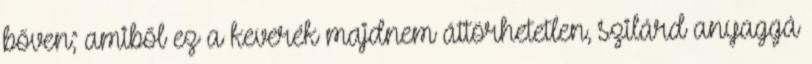
bőven; amiből ez a keverék majdnem áttörhetetlen, szilárd anyaggá